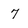
Character: 7